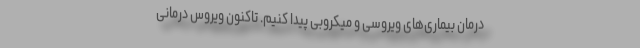
درمان بیماری‌های ویروسی و میکروبی پیدا کنیم. تاکنون ویروس درمانی